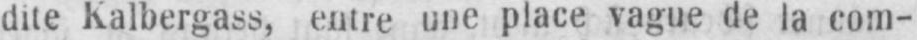
dite Kalbergass, entre une place vague de la com-